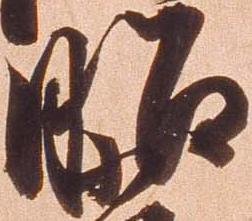
昭